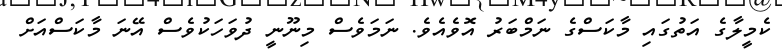
ކެމީލާގެ އަތުގައި މާކަސްގެ ނަމްބަރު އޮވެއެވެ. ނަމަވެސް މިނޫނީ ދުވަހަކުވެސް އޭނަ މާކަސްއަށް